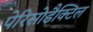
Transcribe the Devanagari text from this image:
पेरिसोडैक्टिल